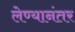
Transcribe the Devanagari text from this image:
लेण्यानंतर